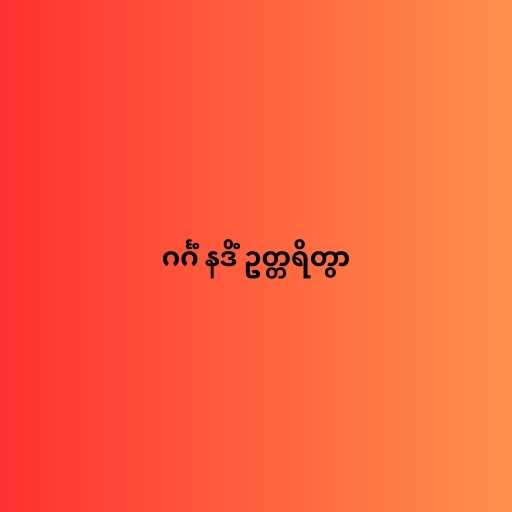
ဂင်္ဂံ နဒိံ ဥတ္တရိတွာ